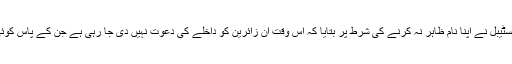
دربار کے احاطے میں موجود ایک لیڈی پولیس کانسٹیبل نے اپنا نام ظاہر نہ کرنے کی شرط پر بتایا کہ اس وقت ان زائرین کو داخلے کی دعوت نہیں دی جا رہی ہے جن کے پاس کوئی بیگ، شاپر یا کوئی دوسری ایسی اشیاء ہوتی ہیں۔